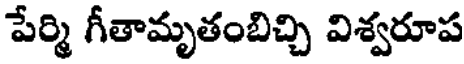
పేర్మి గీతామృతంబిచ్చి విశ్వరూప